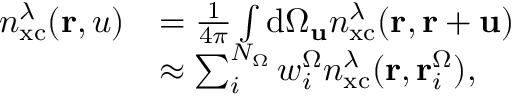
\begin{array} { r l } { n _ { \mathrm { x c } } ^ { \lambda } ( \mathbf { r } , u ) } & { = \frac { 1 } { 4 \pi } \int \mathrm { d } \Omega _ { \mathbf { u } } n _ { \mathrm { x c } } ^ { \lambda } ( \mathbf { r } , \mathbf { r } + \mathbf { u } ) } \\ & { \approx \sum _ { i } ^ { N _ { \Omega } } w _ { i } ^ { \Omega } n _ { \mathrm { x c } } ^ { \lambda } ( \mathbf { r } , \mathbf { r } _ { i } ^ { \Omega } ) , } \end{array}